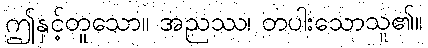
ဤနှင့်တူသော။ အညဿ၊ တပါးသောသူ၏။